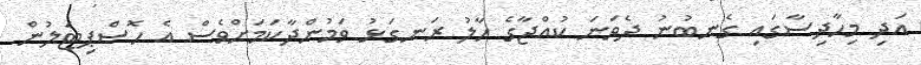
އަދި މިހާދިސާގައި ގެނބުނު ދެވަނަ ކުއްޖާގެ ހާލު ރަނގަޅު ވަމުންދާކަމަށްވެސް އެ ހޮސްޕިޓަލުން